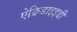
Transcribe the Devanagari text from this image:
ऐक्रिडाइइडी